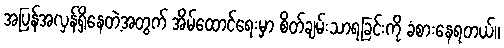
အပြန်အလှန်ရှိနေတဲ့အတွက် အိမ်ထောင်ရေးမှာ စိတ်ချမ်းသာရခြင်းကို ခံစားနေရတယ်။